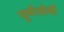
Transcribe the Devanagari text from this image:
पूर्णयोगी